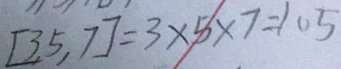
[ 3 , 5 , 7 ] = 3 \times 5 \times 7 = 1 0 5